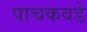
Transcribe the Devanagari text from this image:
पाचकवडे